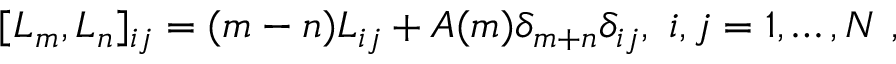
[ L _ { m } , L _ { n } ] _ { i j } = ( m - n ) L _ { i j } + A ( m ) \delta _ { m + n } \delta _ { i j } , \ i , j = 1 , \dots , N \ ,